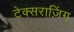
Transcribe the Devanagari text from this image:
टेक्सराज़िंग